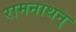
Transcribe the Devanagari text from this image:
रामनाथन्